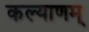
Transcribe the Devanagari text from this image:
कल्‍याणम्